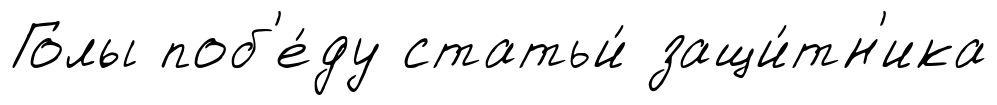
Голы поб'е́ду статьи́ защи́тн'ика